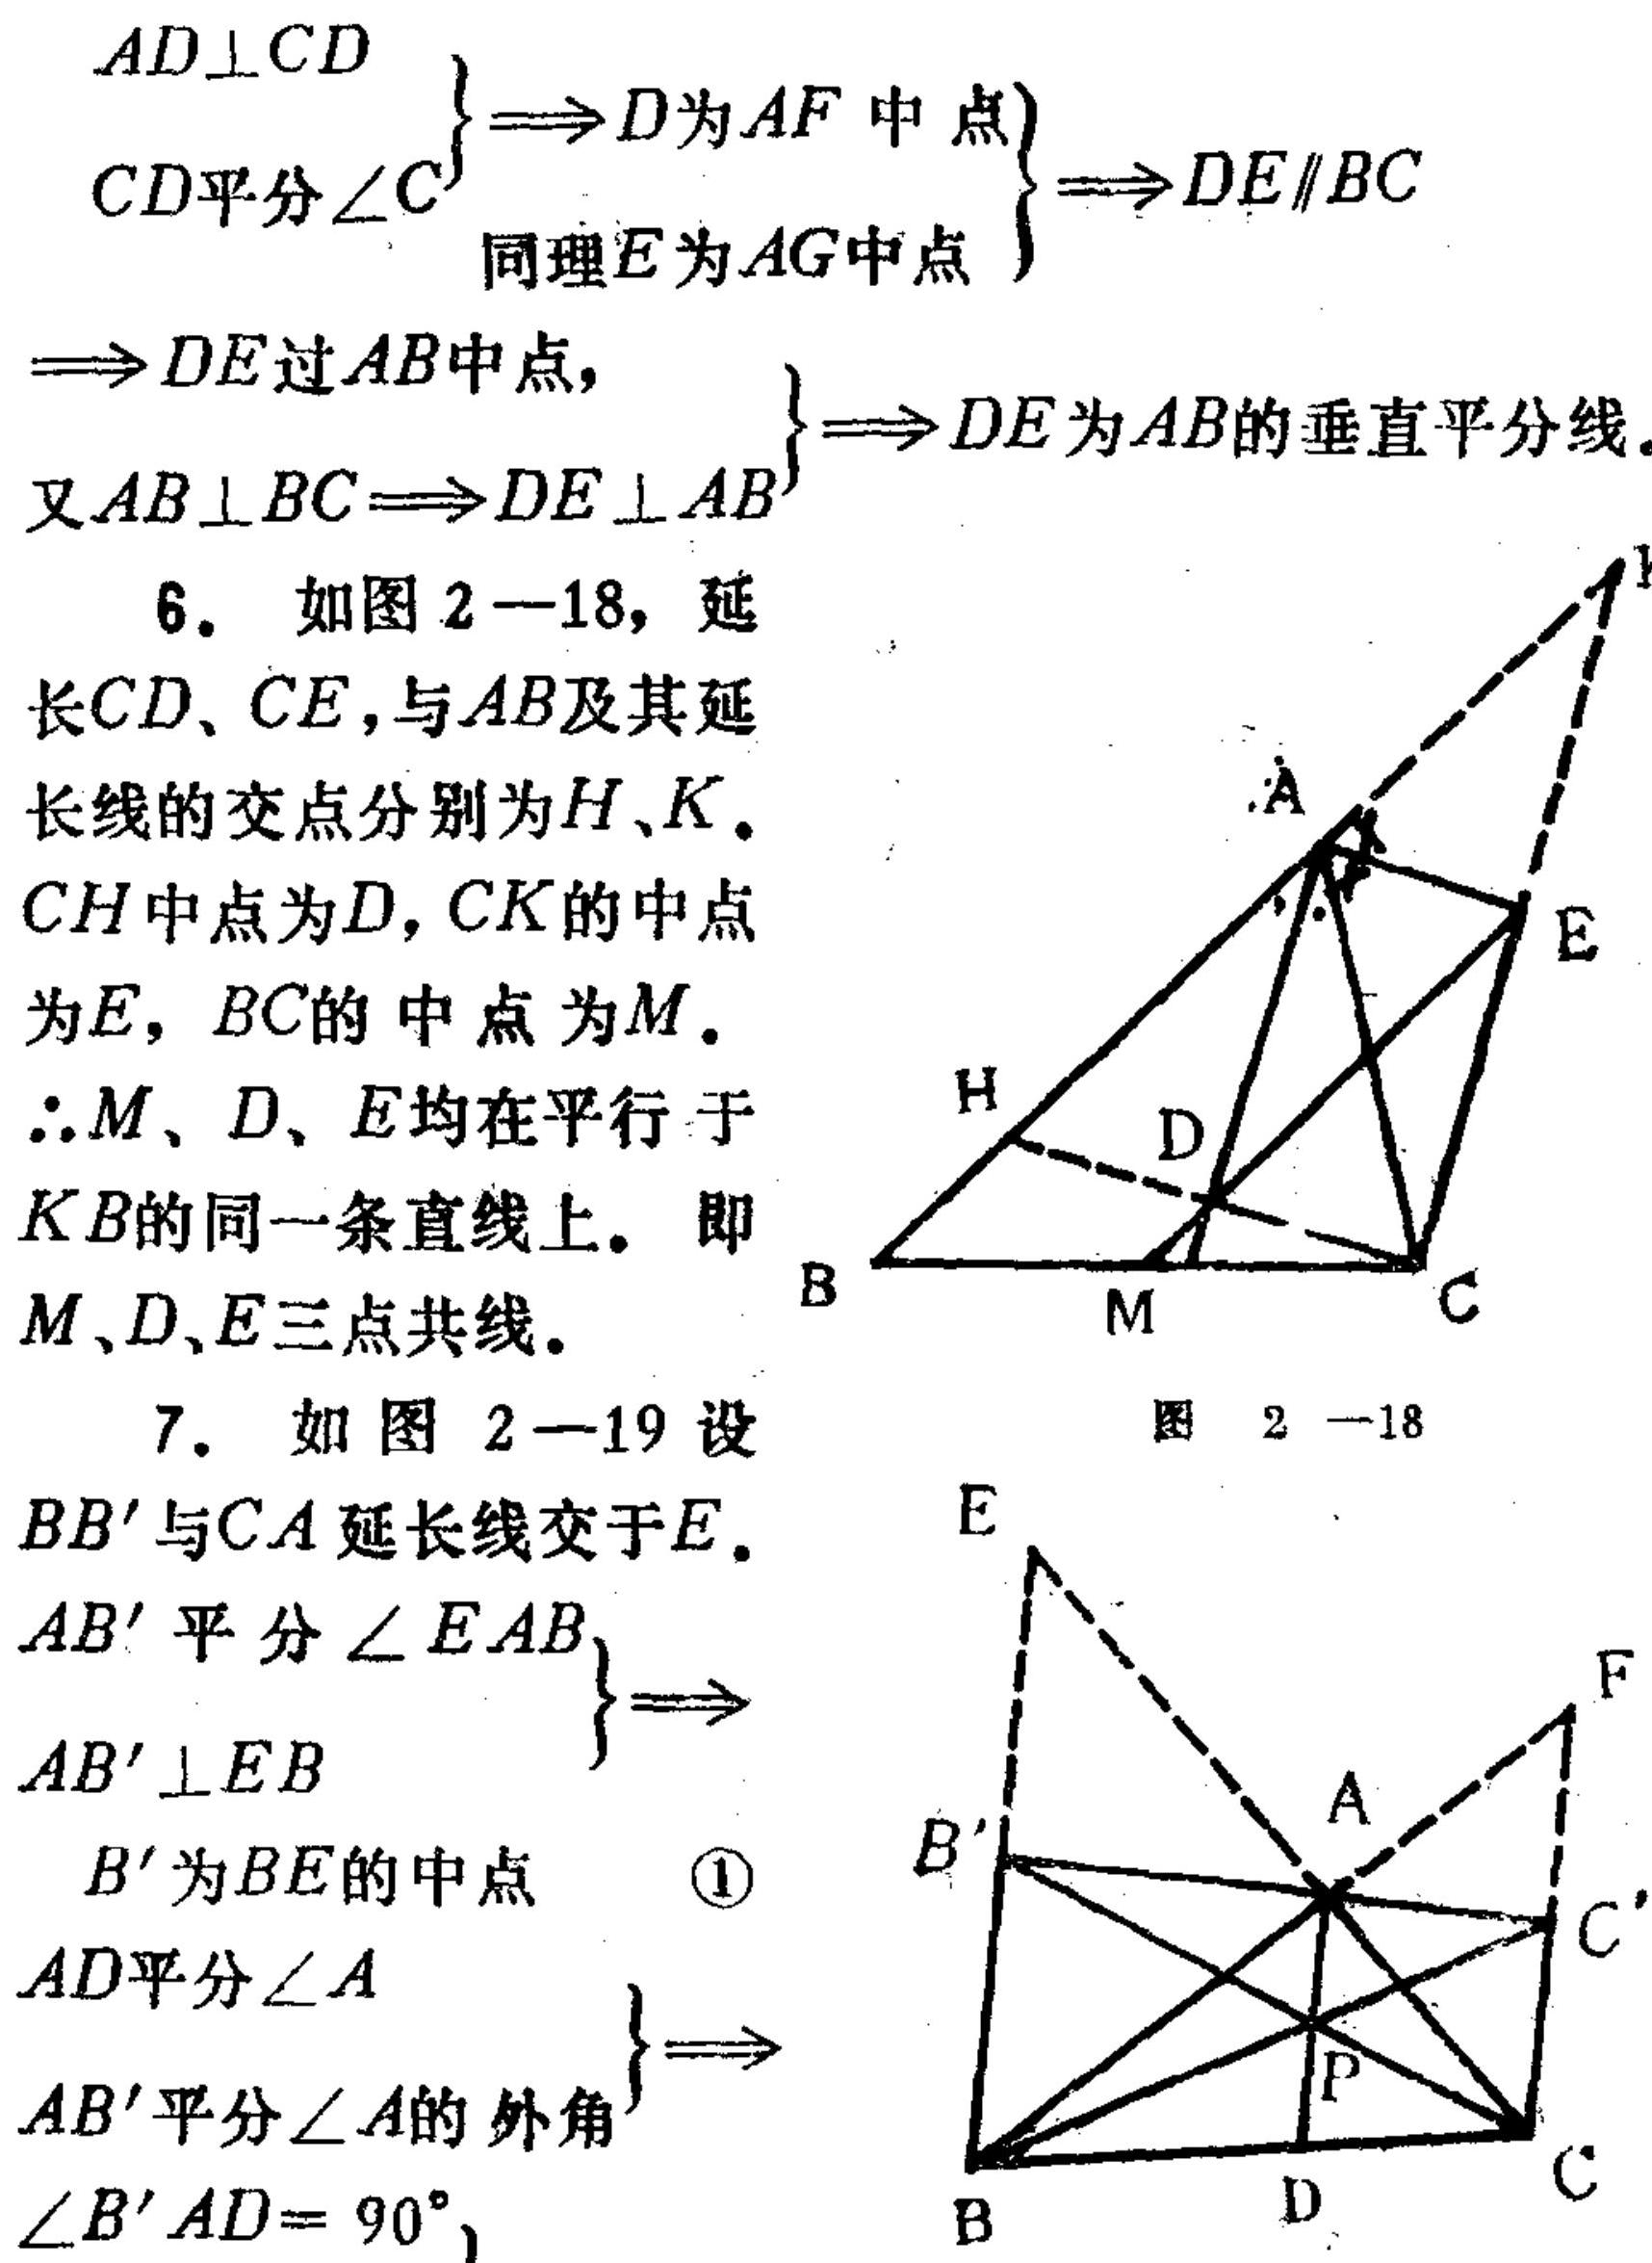
\begin{align*}
&\left.\begin{array}{l}
AD\perp CD\\
CD\text{平分}\angle C
\end{array}\right\}\Rightarrow D\text{为}AF\text{中点}\\
&\left.\begin{array}{l}
\text{同理}E\text{为}AG\text{中点}
\end{array}\right\}\Rightarrow DE\parallel BC\\
&\left.\begin{array}{l}
\Rightarrow DE\text{过}AB\text{中点},\\
\text{又}AB\perp BC\Rightarrow DE\perp AB
\end{array}\right\}\Rightarrow DE\text{为}AB\text{的垂直平分线}.\\
\end{align*}
6. 如图2 - 18，延长\(CD\)、\(CE\)，与\(AB\)及其延长线的交点分别为\(H\)、\(K\)。\(CH\)中点为\(D\)，\(CK\)的中点为\(E\)，\(BC\)的中点为\(M\)。\(\therefore M\)、\(D\)、\(E\)均在平行于\(KB\)的同一条直线上。即\(M\)，\(D\)，\(E\)三点共线。
7. 如图2 - 19设\(BB'\)与\(CA\)延长线交于\(E\)。
\begin{align*}
&\left.\begin{array}{l}
AB'\text{平分}\angle EAB\\
AB'\perp EB
\end{array}\right\}\Rightarrow B'\text{为}BE\text{的中点}\quad\textcircled{1}\\
&\left.\begin{array}{l}
AD\text{平分}\angle A\\
AB'\text{平分}\angle A\text{的外角}\\
\angle B'AD = 90^{\circ}
\end{array}\right\}\Rightarrow
\end{align*}